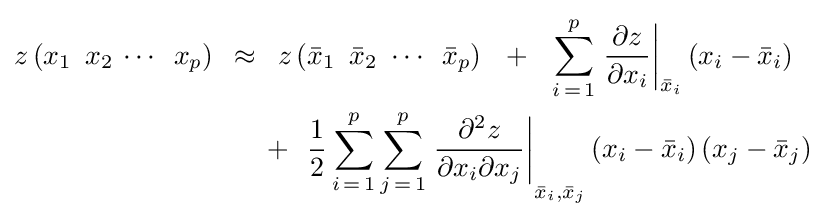
{\begin{aligned}z\left({x_{1}\,\,\,x_{2}\,\cdots \,\,\,x_{p}}\right)\,\,\,\approx \,\,\,z\left({{\bar {x}}_{1}\,\,\,{\bar {x}}_{2}\,\,\cdots \,\,\,{\bar {x}}_{p}}\right)\,\,\,\,+\,\,\,\,\sum \limits _{i\,=\,1}^{p}{\left.{{\partial z} \over {\partial x_{i}}}\right|}_{{\bar {x}}_{i}}\left({x_{i}-{\bar {x}}_{i}}\right)\,\,\,\,\\\,\,\,\,\,\,\,\,\,\,\,\,+\,\,\,\,{1 \over 2}\sum \limits _{i\,=\,1}^{p}{\sum \limits _{j\,=\,1}^{p}{\left.{{\partial ^{2}z} \over {\partial x_{i}\partial x_{j}}}\right|}}_{{\bar {x}}_{i},{\bar {x}}_{j}}\left({x_{i}-{\bar {x}}_{i}}\right)\left({x_{j}-{\bar {x}}_{j}}\right)\end{aligned}}